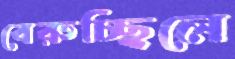
বেরুচ্ছিলে